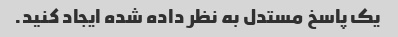
یک پاسخ مستدل به نظر داده شده ایجاد کنید.